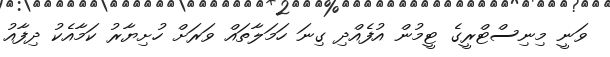
ވަނީ މިނިސްޓްރީގެ ޓީމުން އުފެއްދި ގިނަ ހަމަލާތައް ވަރަށް ހުށިޔާރު ކަމާއެކު ދިފާއު